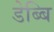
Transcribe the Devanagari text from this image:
डेब्बि